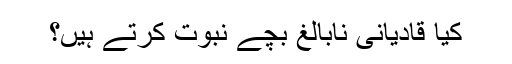
کیا قادیانی نابالغ بچے نبوت کرتے ہیں؟